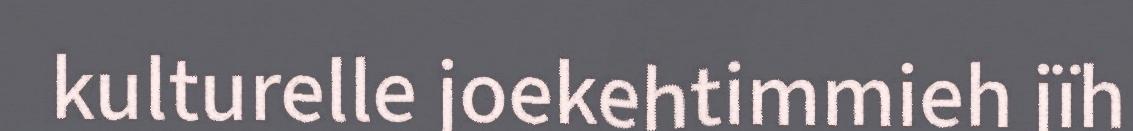
kulturelle joekehtimmieh jïh